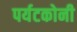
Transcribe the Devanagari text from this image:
पर्यटकोनी